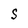
Character: S